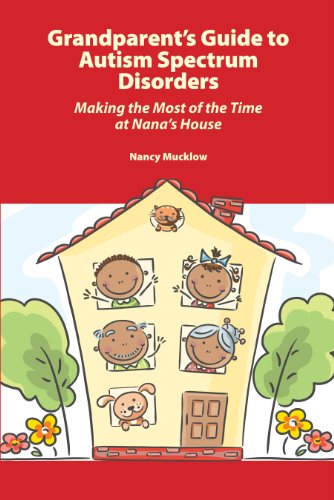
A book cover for Grandparent's Guide to Autism Spectrum Disorders: Making the Most of the Time at Nana's House; Nancy Mucklow; Parenting & Relationships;